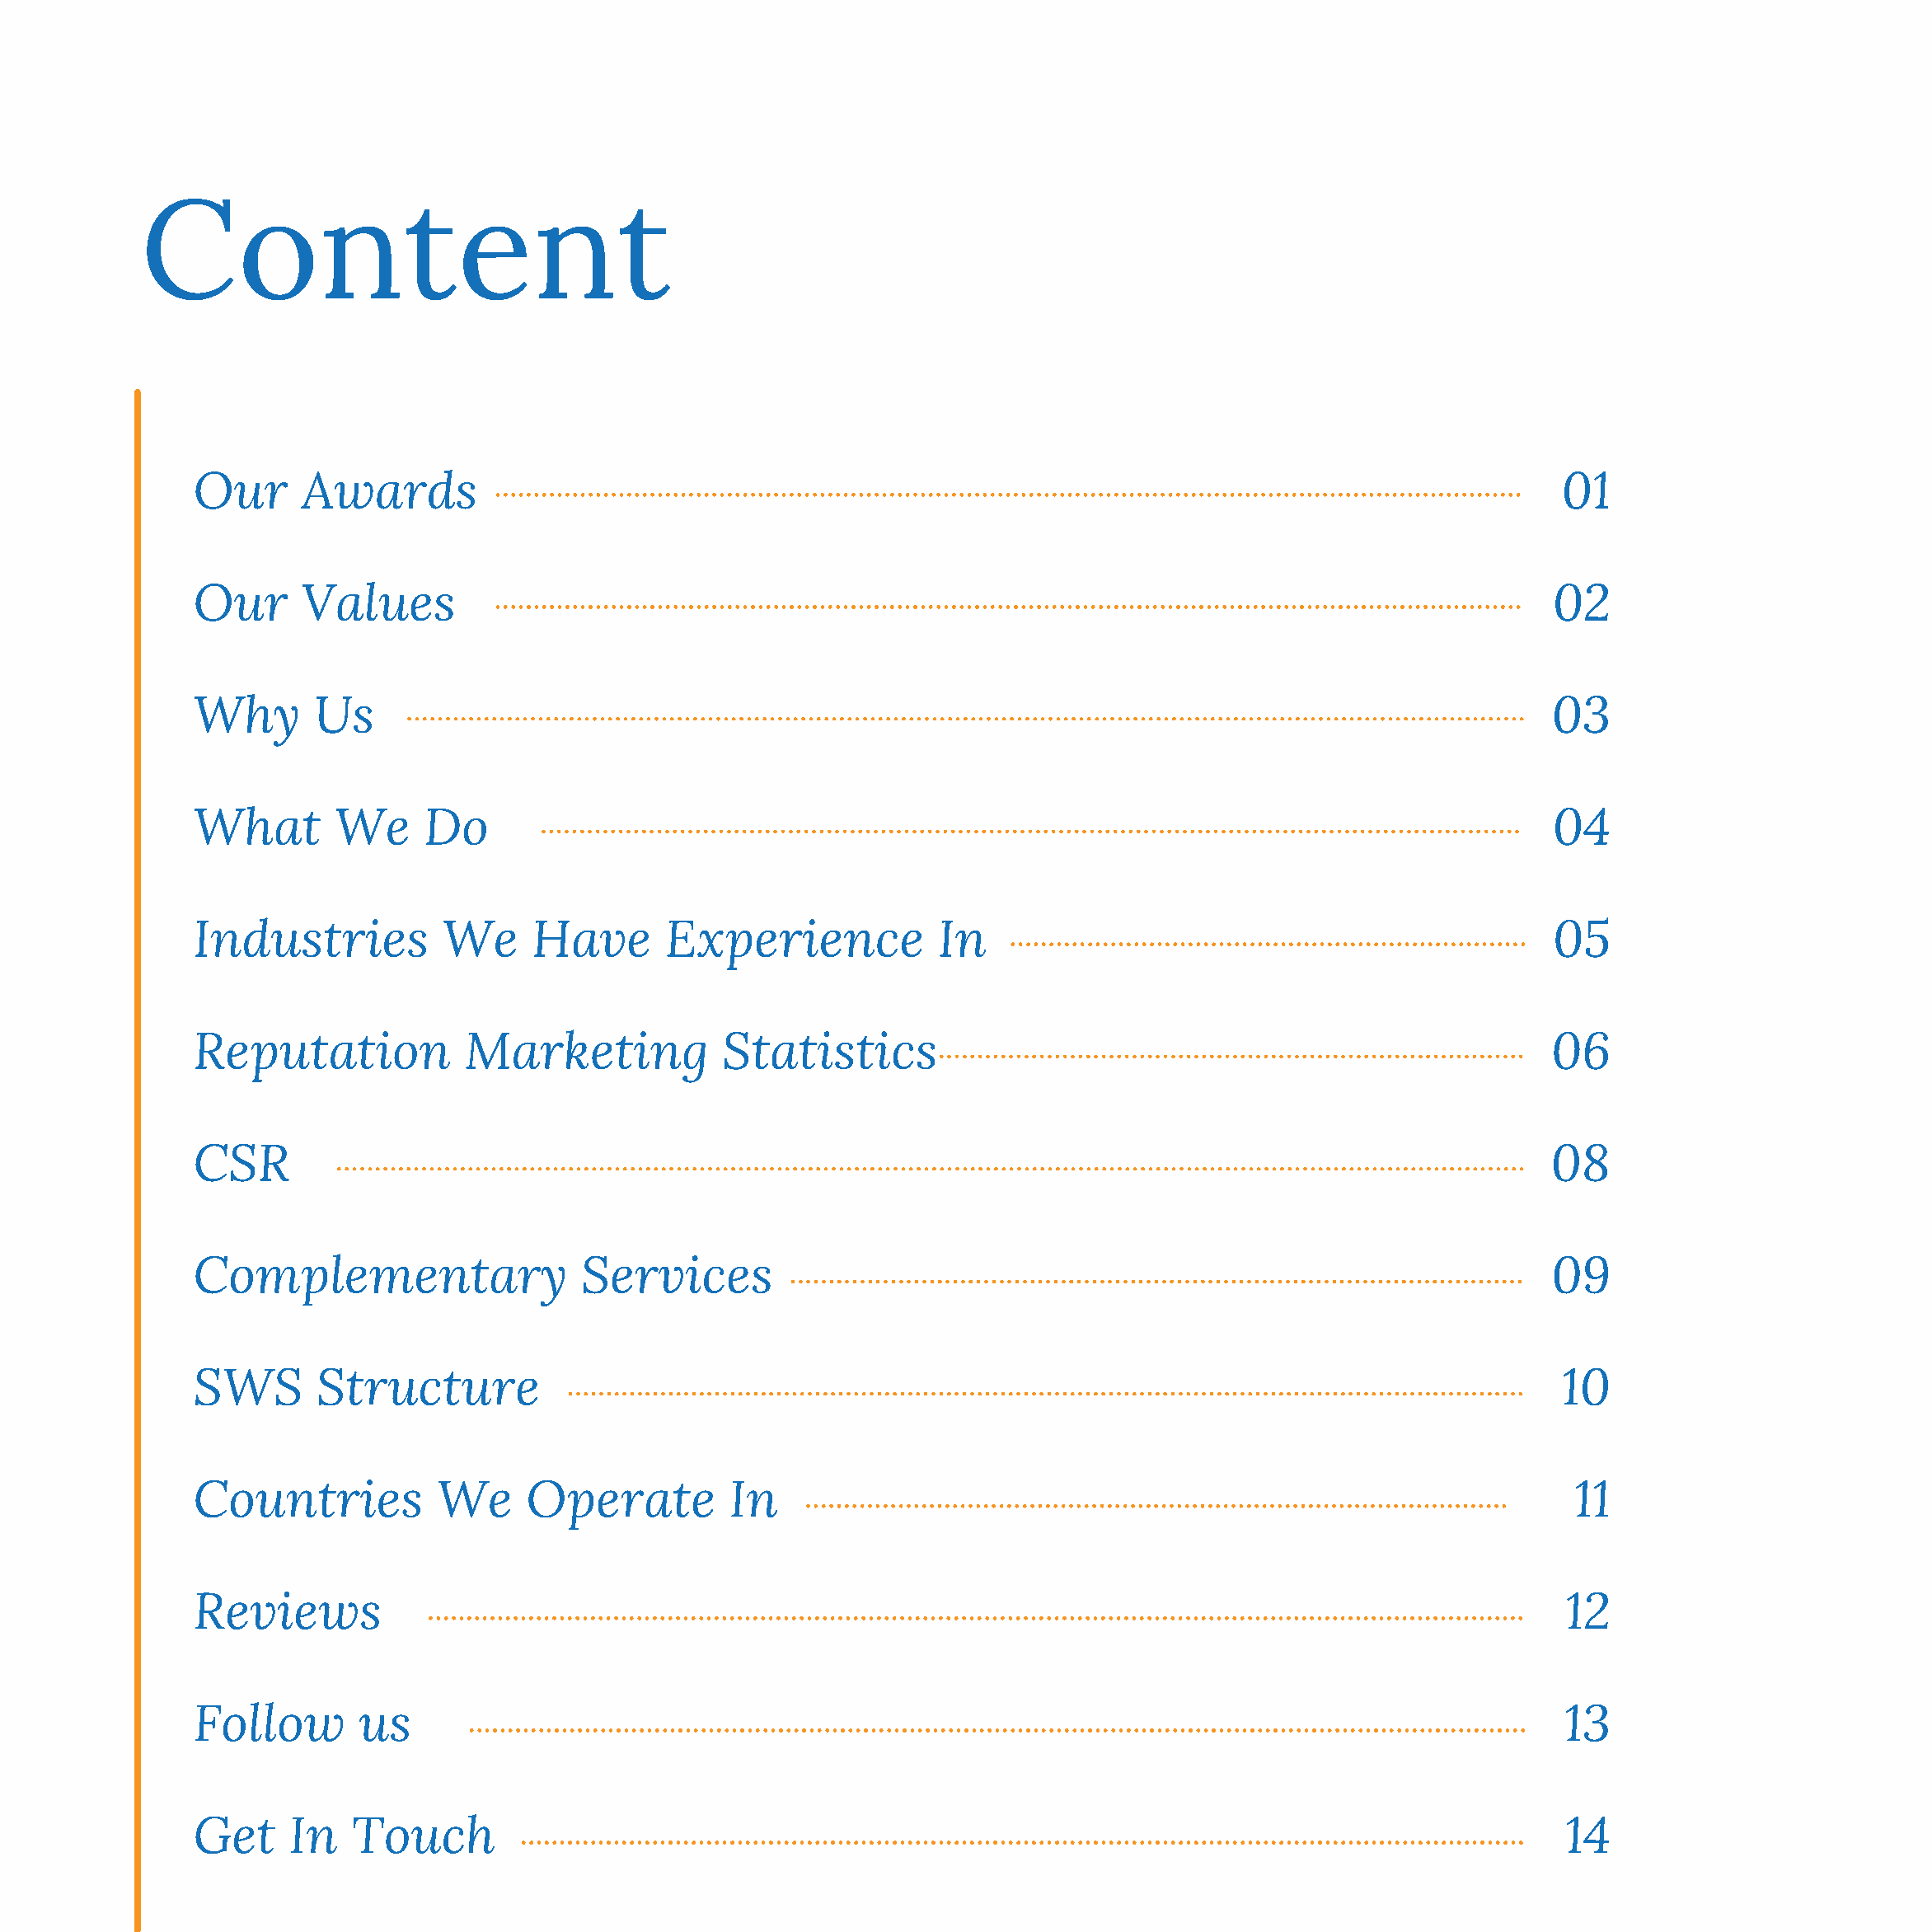
Content
 Our     Awards                                                                                               01
 Our     Values                                                                                               02
 Why      Us                                                                                                  03
 What       We     Do                                                                                         04
 Industries          We     Have      Experience            In                                                05
 Reputation           Marketing            Statistics                                                         06
 CSR                                                                                                          08
 Complementary                  Services                                                                      09
 SWS      Structure                                                                                           10
 Countries          We     Operate          In                                                                 11
 Reviews                                                                                                       12
 Follow       us                                                                                               13
 Get    In   Touch                                                                                             14